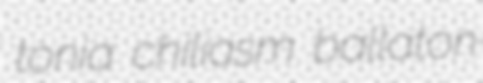
tonia chiliasm ballaton